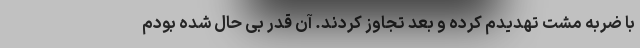
با ضربه مشت تهدیدم کرده و بعد تجاوز کردند. آن قدر بی حال شده بودم